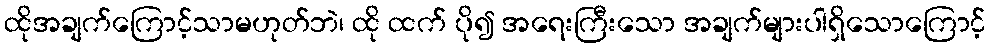
ထိုအချက်ကြောင့်သာမဟုတ်ဘဲ၊ ထို ထက် ပို၍ အရေးကြီးသော အချက်များပါရှိသောကြောင့်